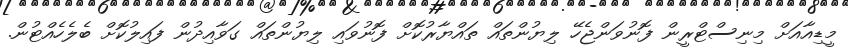
މީޑިއާއަށް މިނިސްޓްރީން ފޮނުވަންޖެހޭ ލިޔުންތައް ތައްޔާރުކޮށް ފޮނުވައި ލިޔުންތައް ގަވާއިދުން ފައިލުކޮށް ބެލެހެއްޓުން.